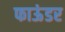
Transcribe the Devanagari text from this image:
फाऊंडर